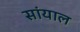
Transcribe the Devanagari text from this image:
सांयाल